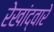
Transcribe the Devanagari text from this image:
रेखांद्वारे